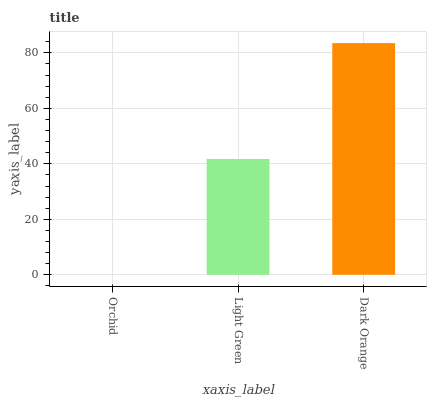
| xaxis_label | bars |
 | --- | --- |
 | Orchid | 0 |
 | Light Green | 41.8 |
 | Dark Orange | 83.5 |